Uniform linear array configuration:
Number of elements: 24
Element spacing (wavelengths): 1
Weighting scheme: uniform
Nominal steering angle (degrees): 45
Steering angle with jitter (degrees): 45.775
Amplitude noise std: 0.05
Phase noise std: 0.05

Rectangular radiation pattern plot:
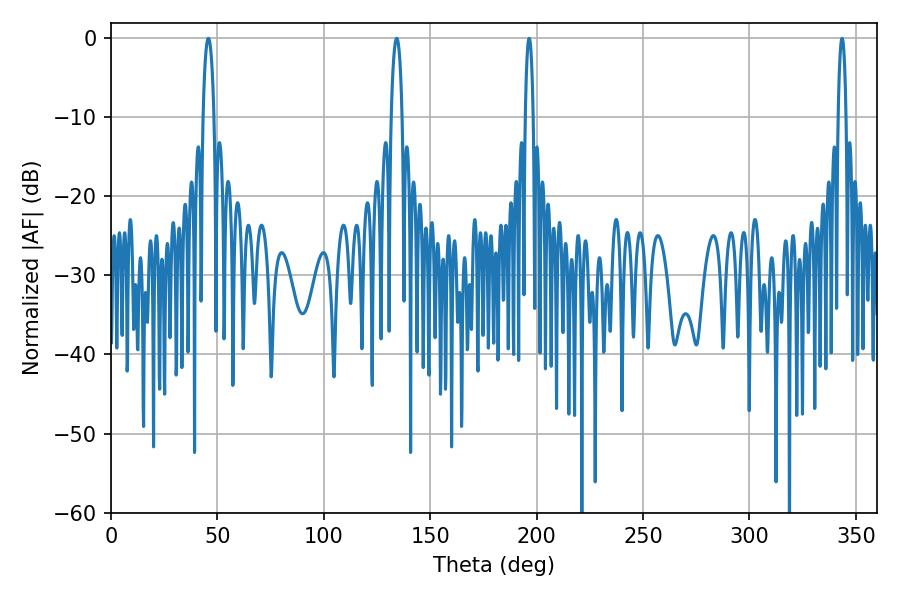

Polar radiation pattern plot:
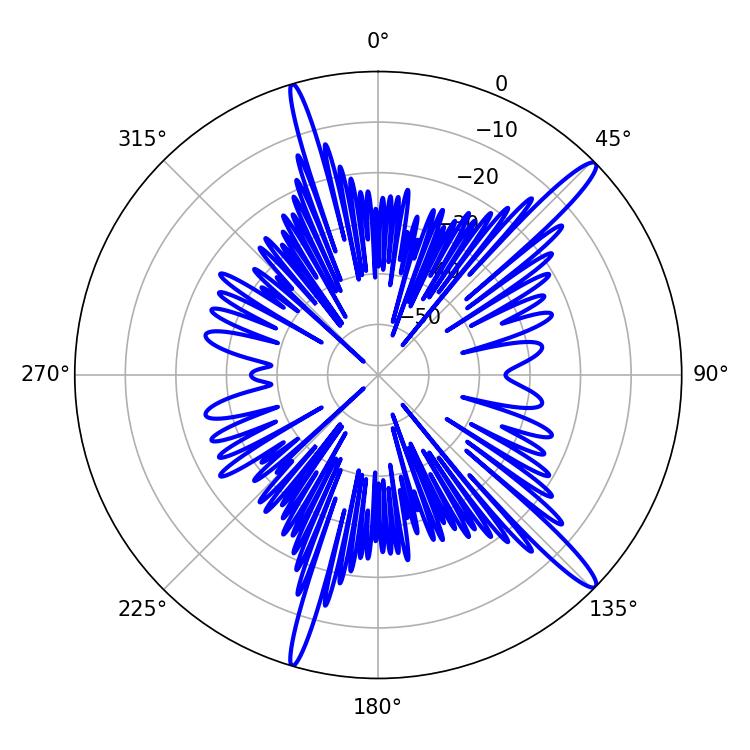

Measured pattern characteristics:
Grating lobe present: TRUE
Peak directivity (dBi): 15.263
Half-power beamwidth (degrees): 2.88
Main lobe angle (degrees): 45.72